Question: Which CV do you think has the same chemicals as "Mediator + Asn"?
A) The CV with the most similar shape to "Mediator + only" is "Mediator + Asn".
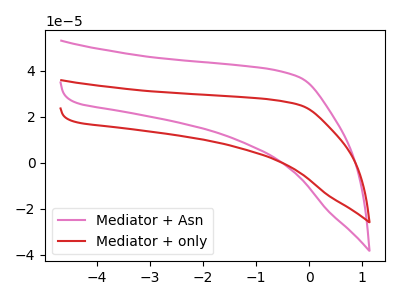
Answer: <think>The pink curve "Mediator + Asn" has no peaks. The red curve "Mediator + only" has no peaks.
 Neither "Mediator + Asn" or "Mediator + only" have any peaks.</think>
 <answer>A) The CV with the most similar shape to "Mediator + only" is "Mediator + Asn".</answer>
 <eval>A</eval>